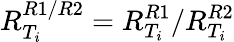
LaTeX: R_{T_{i}}^{R1/R2}=R_{T_{i}}^{R1}/R_{T_{i}}^{R2}